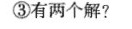
③有两个解?